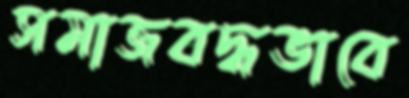
সমাজবদ্ধভাবে